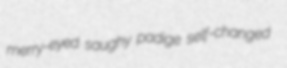
merry-eyed saughy padige self-changed